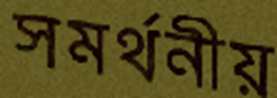
সমর্থনীয়